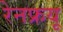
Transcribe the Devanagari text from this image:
रेनफ्रयू